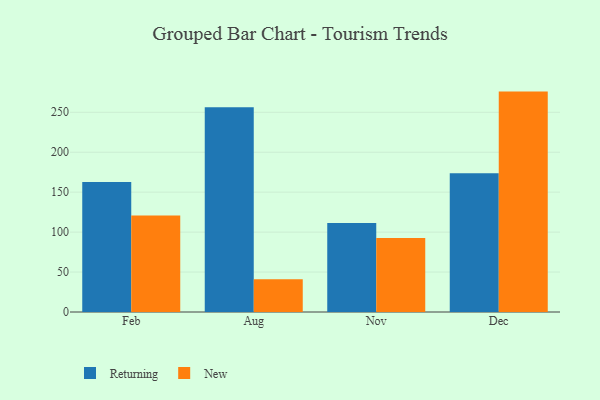
{"axis": {"x": "Month", "y": "Conversion Rate (%)"}, "legend": ["New", "Returning"], "data": [{"x": "Feb", "y": 162.7, "type": "Returning"}, {"x": "Feb", "y": 120.9, "type": "New"}, {"x": "Aug", "y": 256.4, "type": "Returning"}, {"x": "Aug", "y": 41.0, "type": "New"}, {"x": "Nov", "y": 111.3, "type": "Returning"}, {"x": "Nov", "y": 92.7, "type": "New"}, {"x": "Dec", "y": 173.6, "type": "Returning"}, {"x": "Dec", "y": 275.9, "type": "New"}]}